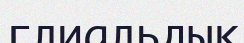
глиальдық